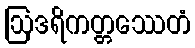
ဩဒရိကတ္တဿေတံ